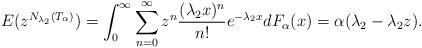
LaTeX: \begin{align*}E(z^{N_{\lambda_2}(T_{\alpha})})=\int_0^{\infty}\sum_{n=0}^{\infty}z^n\frac {(\lambda_2 x)^n} {n!} e^{-\lambda_2 x}dF_{\alpha}(x)=\alpha(\lambda_2-\lambda_2 z).\end{align*}